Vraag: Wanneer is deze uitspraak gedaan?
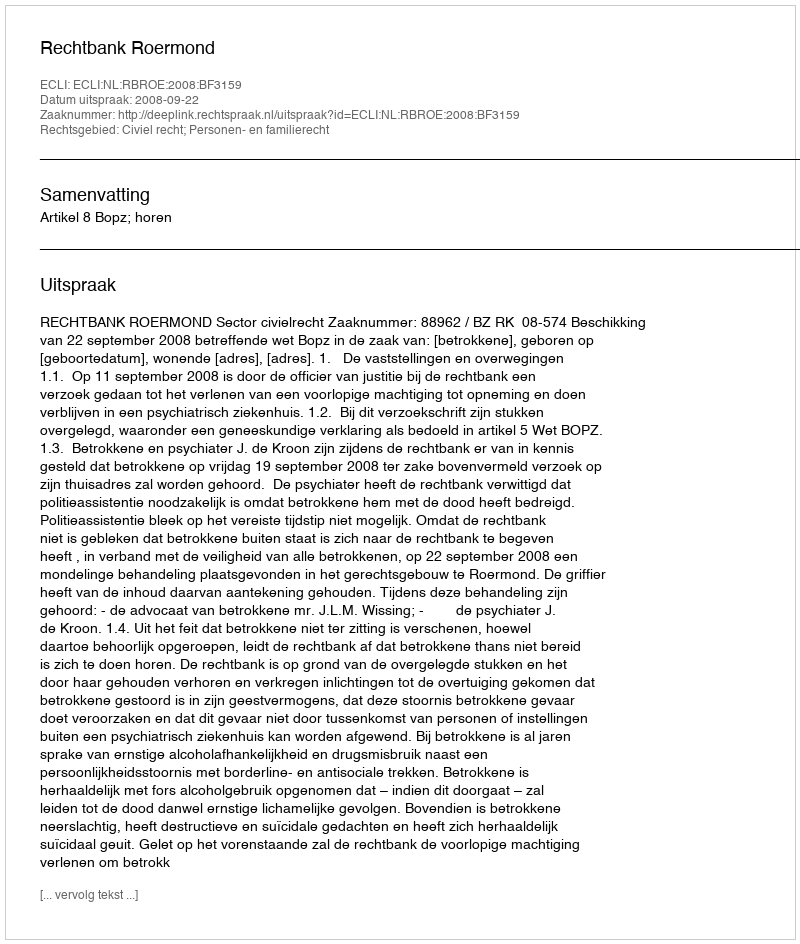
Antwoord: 2008-09-22